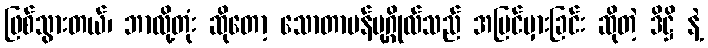
ဖြစ်သွားတယ်၊ ဘာလို့တုံး ဆိုတော့ သောတာပန်ပုဂ္ဂိုလ်သည် အမြင်မှားခြင်း ဆိုတဲ့ ဒိဋ္ဌိ နဲ့